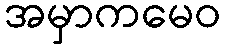
အမှာကမေဝ